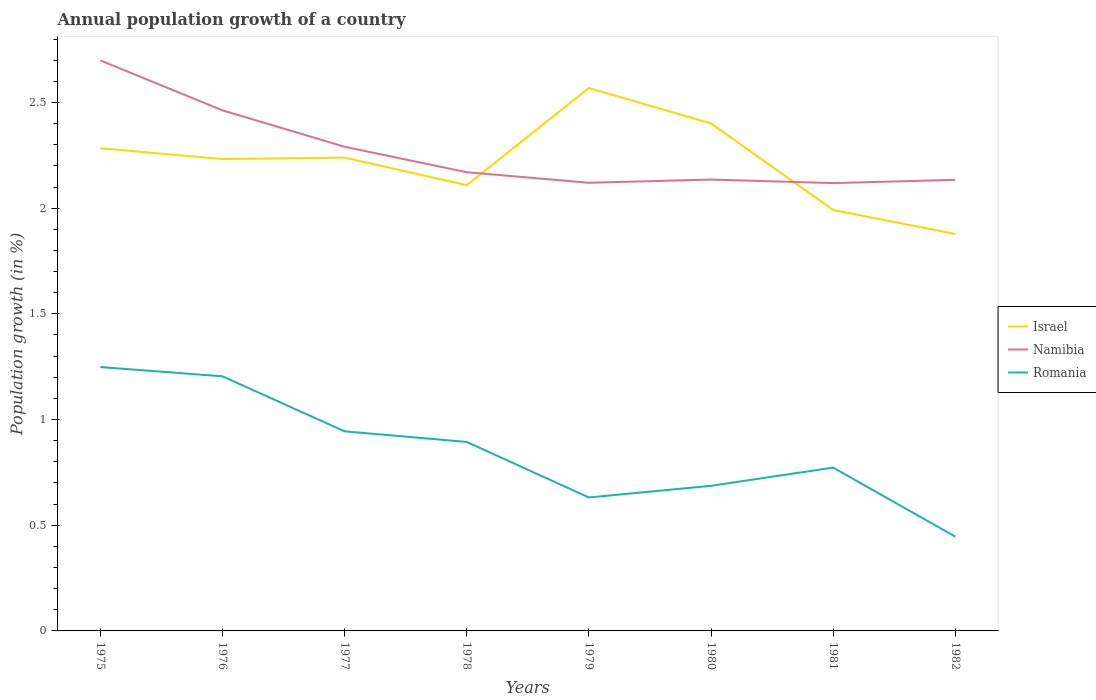
| Years | Israel | Namibia | Romania |
 | --- | --- | --- | --- |
 | 1975 | 2.28 | 2.7 | 1.25 |
 | 1976 | 2.23 | 2.46 | 1.2 |
 | 1977 | 2.24 | 2.29 | 0.944 |
 | 1978 | 2.11 | 2.17 | 0.894 |
 | 1979 | 2.57 | 2.12 | 0.631 |
 | 1980 | 2.4 | 2.14 | 0.686 |
 | 1981 | 1.99 | 2.12 | 0.773 |
 | 1982 | 1.88 | 2.13 | 0.446 |